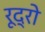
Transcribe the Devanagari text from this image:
रूद्रो